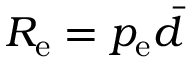
R _ { \mathrm { e } } = p _ { \mathrm { e } } \bar { d }